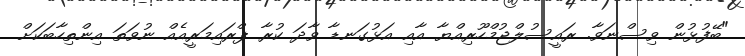
"ބޭފުޅުން ވިސްނަވާ. ރައީސުލްޖުމްހޫރިއްޔާ އާއި އަޅުގަނޑާ ވާދަ ކުރާ ޕްރައިމަރީއެއް ނުވަތަ އިންތިހާބަކަށް